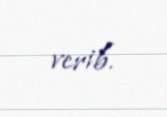
verib.